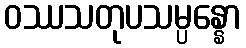
ဝဿသတုပသမ္ပန္နော